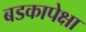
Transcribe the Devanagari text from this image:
बडकापेक्षा